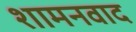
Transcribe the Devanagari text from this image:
शामनवाद